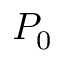
P _ { 0 }